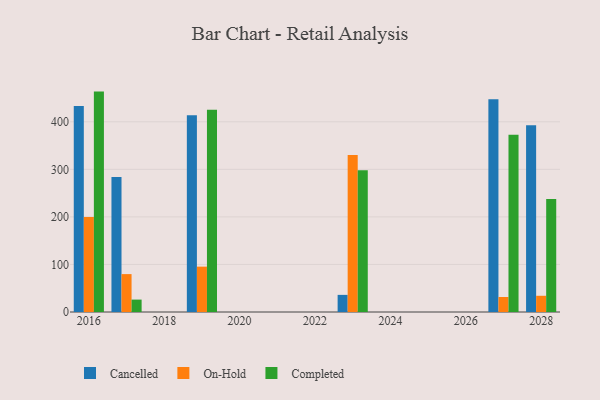
{"axis": {"x": "Year", "y": "Waste Production (Tons)"}, "legend": ["Cancelled", "Completed", "On-Hold"], "data": [{"x": "2028", "y": 392.8, "type": "Cancelled"}, {"x": "2028", "y": 34.1, "type": "On-Hold"}, {"x": "2028", "y": 237.7, "type": "Completed"}, {"x": "2019", "y": 413.9, "type": "Cancelled"}, {"x": "2019", "y": 95.4, "type": "On-Hold"}, {"x": "2019", "y": 425.5, "type": "Completed"}, {"x": "2023", "y": 36.0, "type": "Cancelled"}, {"x": "2023", "y": 330.0, "type": "On-Hold"}, {"x": "2023", "y": 297.9, "type": "Completed"}, {"x": "2017", "y": 284.1, "type": "Cancelled"}, {"x": "2017", "y": 79.7, "type": "On-Hold"}, {"x": "2017", "y": 26.1, "type": "Completed"}, {"x": "2027", "y": 447.3, "type": "Cancelled"}, {"x": "2027", "y": 31.6, "type": "On-Hold"}, {"x": "2027", "y": 373.0, "type": "Completed"}, {"x": "2016", "y": 433.4, "type": "Cancelled"}, {"x": "2016", "y": 199.7, "type": "On-Hold"}, {"x": "2016", "y": 463.5, "type": "Completed"}]}